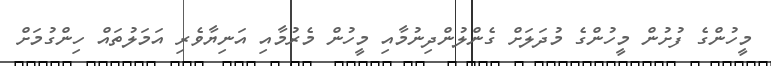
މީހުންގެ ފުށުން މީހުންގެ މުދަލަށް ގެންލުންދިނުމާއި މީހުން މެރުމާއި އަނިޔާވެރި އަމަލުތައް ހިންގުމަށް